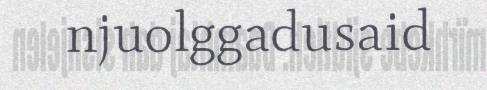
njuolggadusaid